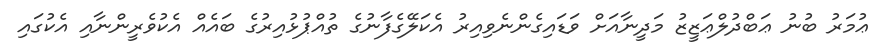
ޢުމަރު ބުނު ޢަބްދުލްޢަޒީޒު މަދީނާއަށް ވަޑައިގެންނެވިއިރު އެކަލޭގެފާނުގެ ތުއްޕުޅުއިރުގެ ބައެއް އެކުވެރީންނާއި އެކުގައި